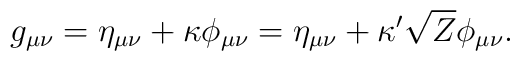
g_{\mu\nu}=\eta_{\mu\nu}+\kappa\phi_{\mu\nu}=\eta_{\mu\nu}+\kappa^\prime \sqrt {Z}\phi_{\mu\nu}.